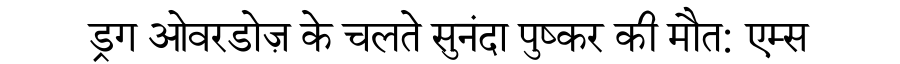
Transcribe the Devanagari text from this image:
ड्रग ओवरडोज़ के चलते सुनंदा पुष्कर की मौत: एम्स